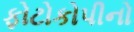
ફોટોકોપીનો